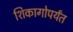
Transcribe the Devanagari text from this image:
शिकागोपर्यंत